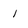
Character: l